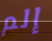
إلم